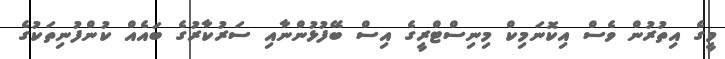
މީގެ އިތުރުން ވެސް އިކޮނަމިކް މިނިސްޓްރީގެ އިސް ބޭފުޅުންނާއި ސަރުކާރުގެ ބައެއް ކުންފުނިތަކުގެ